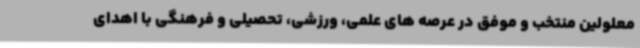
معلولین منتخب و موفق در عرصه های علمی، ورزشی، تحصیلی و فرهنگی با اهدای